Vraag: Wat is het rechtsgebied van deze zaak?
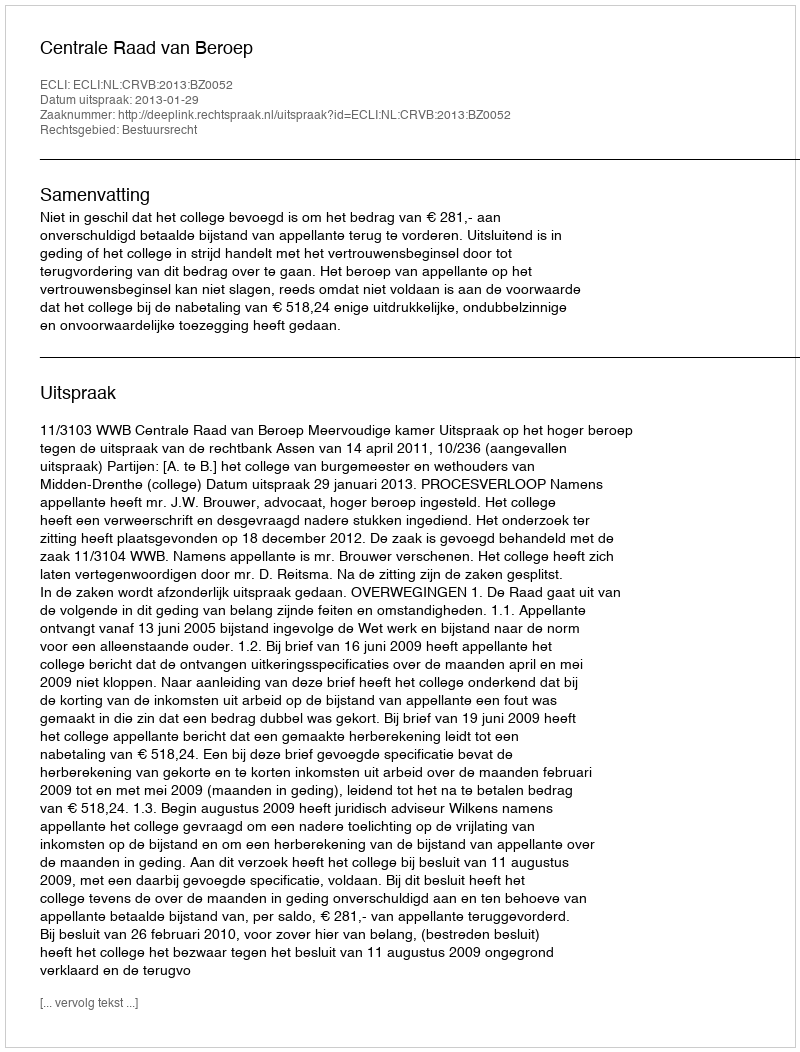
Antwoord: Bestuursrecht